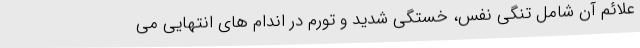
علائم آن شامل تنگی نفس، خستگی شدید و تورم در اندام های انتهایی می